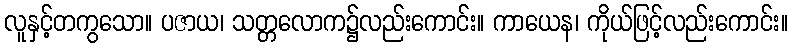
လူနှင့်တကွသော။ ပဇာယ၊ သတ္တလောက၌လည်းကောင်း။ ကာယေန၊ ကိုယ်ဖြင့်လည်းကောင်း။